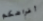
أغراضكم